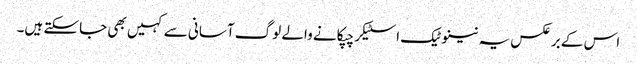
اس کے برعکس یہ نینوٹیک اسٹیکر چپکانے والے لوگ آسانی سے کہیں بھی جاسکتے ہیں۔